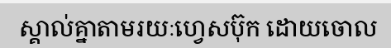
ស្គាល់គ្នាតាមរយៈហ្វេសប៊ុក ដោយចោល